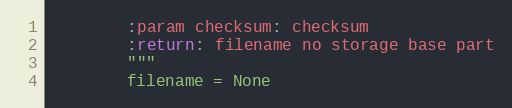
Language: Python
        :param checksum: checksum
        :return: filename no storage base part
        """
        filename = None